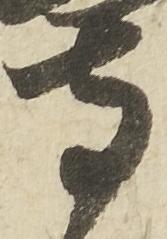
寺